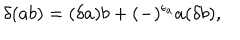
LaTeX: \delta ( a b ) = ( \delta a ) b + ( - ) ^ { \epsilon _ { a } } a ( \delta b ) ,